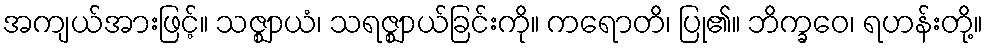
အကျယ်အားဖြင့်။ သဇ္ဈာယံ၊ သရဇ္ဈာယ်ခြင်းကို။ ကရောတိ၊ ပြု၏။ ဘိက္ခဝေ၊ ရဟန်းတို့။